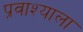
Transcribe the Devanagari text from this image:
प्रवाश्याला